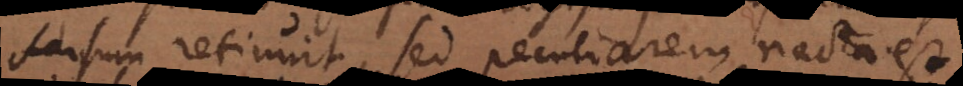
sensum retinuit, sed peculiarem nacta est.